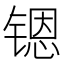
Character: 𮸚